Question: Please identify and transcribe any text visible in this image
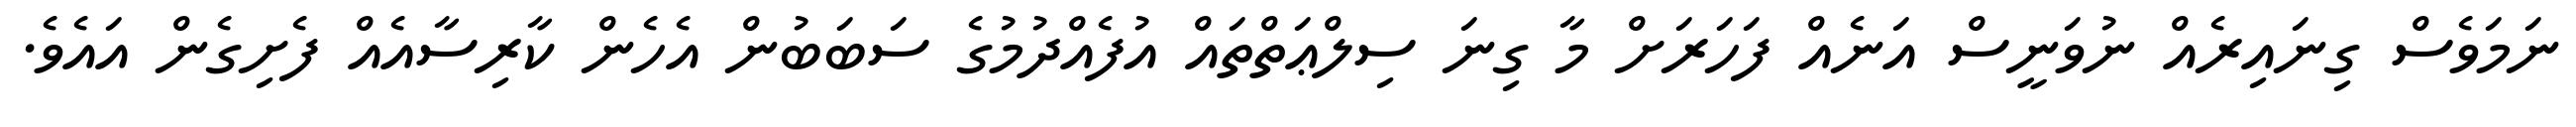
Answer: ނަމަވެސް ގިނައިރެއް ނުވަނީސް އަނެއް ފަހަރަށް މާ ގިނަ ސިލްޢަތްތައް އުފެއްދުމުގެ ސަބަބުން އެހެން ކާރިސާއެއް ފެށިގެން އައެވެ.